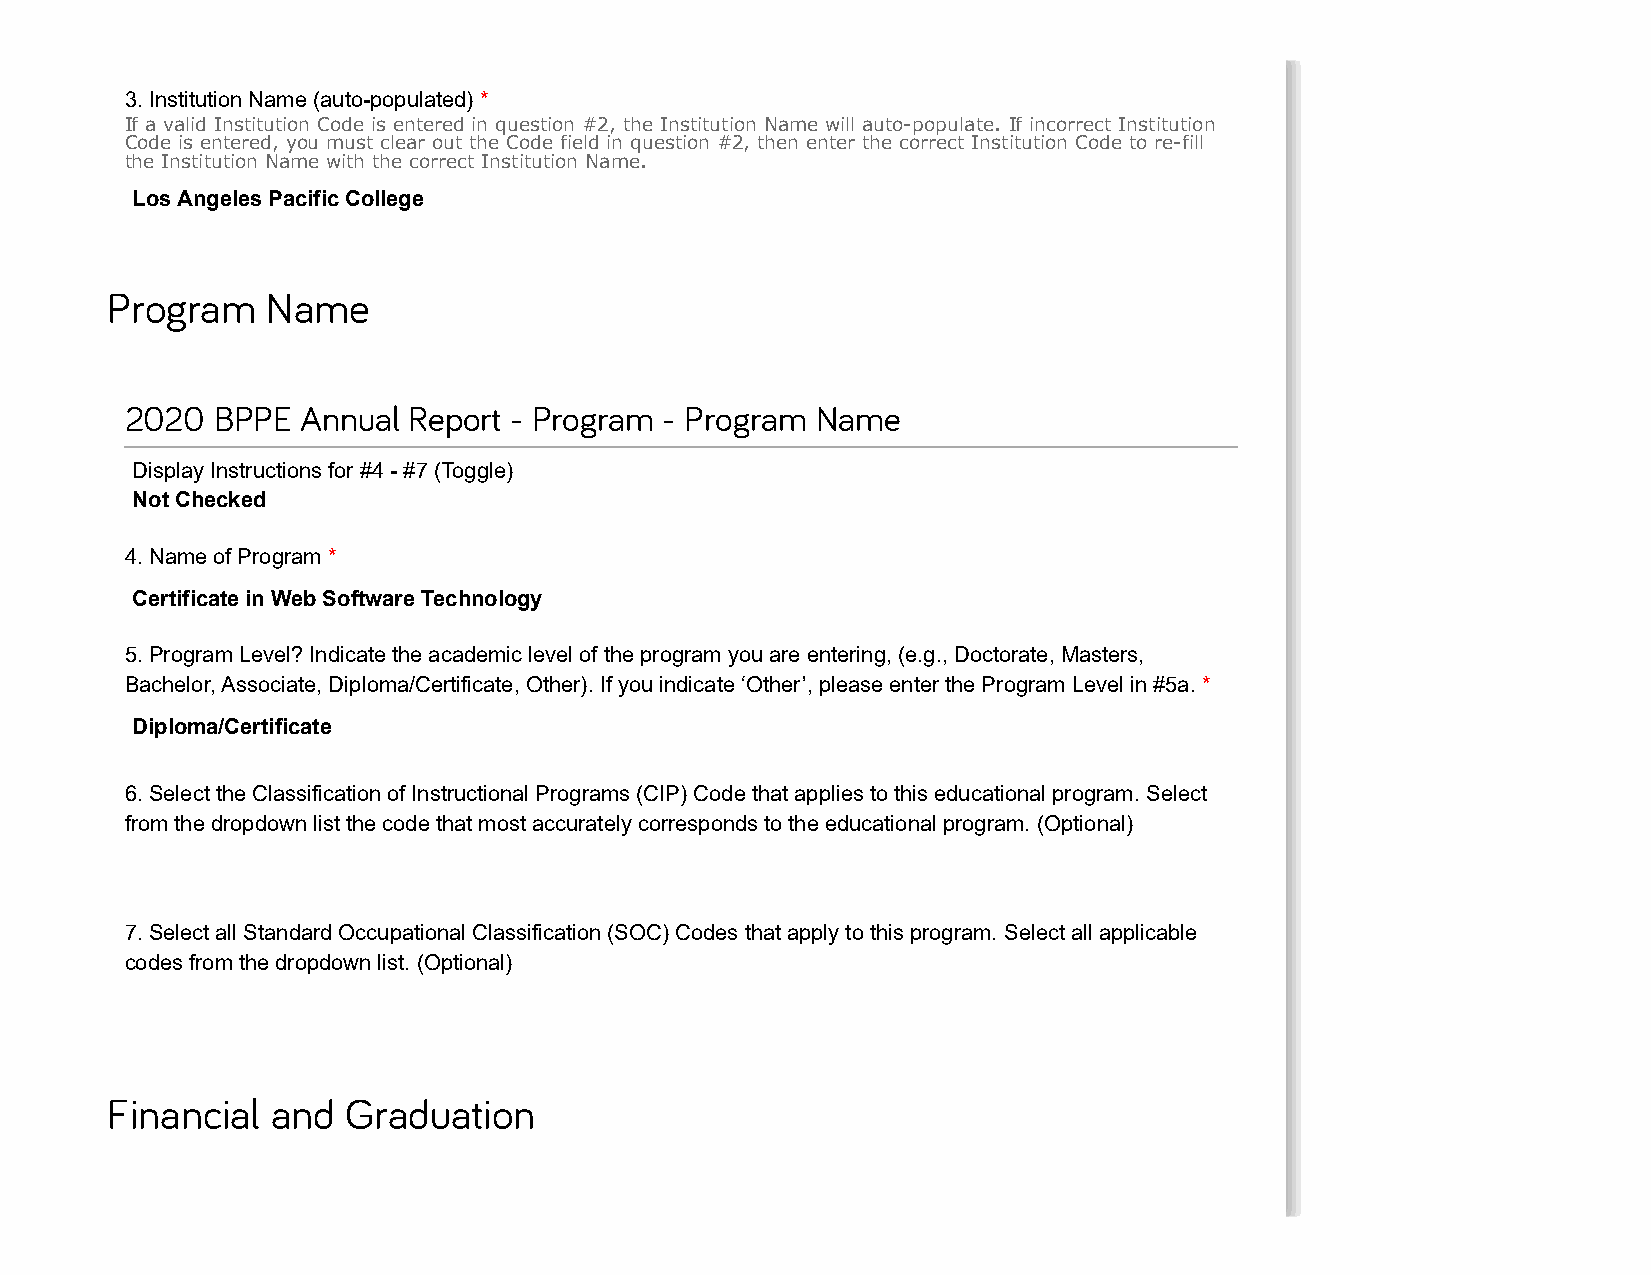
3. Institution Name (auto-populated) *
 If a valid Institution Code is entered in question #2, the Institution Name will auto-populate. If incorrect Institution
 Code is entered, you must clear out the Code field in question #2, then enter the correct Institution Code to re-fill
 the Institution Name with the correct Institution Name.
 Los Angeles Pacific College
 Program    Name
 2020  BPPE  Annual Report - Program - Program Name
 Display Instructions for #4 - #7 (Toggle)
 Not Checked
 4. Name of Program *
 Certificate in Web Software Technology
 5. Program Level? Indicate the academic level of the program you are entering, (e.g., Doctorate, Masters,
 Bachelor, Associate, Diploma/Certificate, Other). If you indicate ‘Other’, please enter the Program Level in #5a. *
 Diploma/Certificate
 6. Select the Classification of Instructional Programs (CIP) Code that applies to this educational program. Select
 from the dropdown list the code that most accurately corresponds to the educational program. (Optional)
 7. Select all Standard Occupational Classification (SOC) Codes that apply to this program. Select all applicable
 codes from the dropdown list. (Optional)
 Financial  and  Graduation